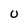
Character: U